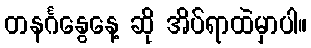
တနင်္ဂနွေနေ့ ဆို အိပ်ရာထဲမှာပါ။